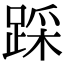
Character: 踩